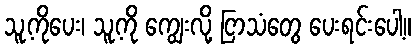
သူ့ကိုပေး၊ သူ့ကို ကျွေးလို့ ငြာသံတွေ ပေးရင်းပေါ့။